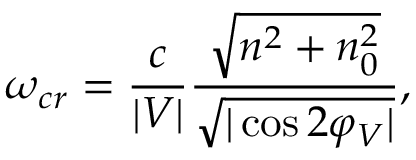
\omega _ { c r } = \frac { c } { | V | } \frac { \sqrt { n ^ { 2 } + n _ { 0 } ^ { 2 } } } { \sqrt { | \cos { 2 \varphi _ { V } } | } } ,